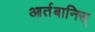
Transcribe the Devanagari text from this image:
आर्तबानिस्